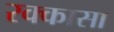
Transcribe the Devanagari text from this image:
रक्कासा